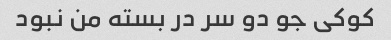
کوکی جو دو سر در بسته من نبود